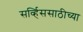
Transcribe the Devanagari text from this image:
सर्व्हिससाठीच्या